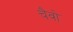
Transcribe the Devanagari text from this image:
चैवो